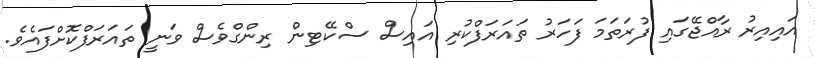
އައިއިރު ރާއްޖޭގައި ފުރަތަމަ ފަހަރު ތައަރަފްކުރި އައިސް ސްކޭޓިން ރިންގްވެސް ވަނީ ތައަރަފްކޮށްފައެވެ.